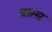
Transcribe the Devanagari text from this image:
प्रांसर